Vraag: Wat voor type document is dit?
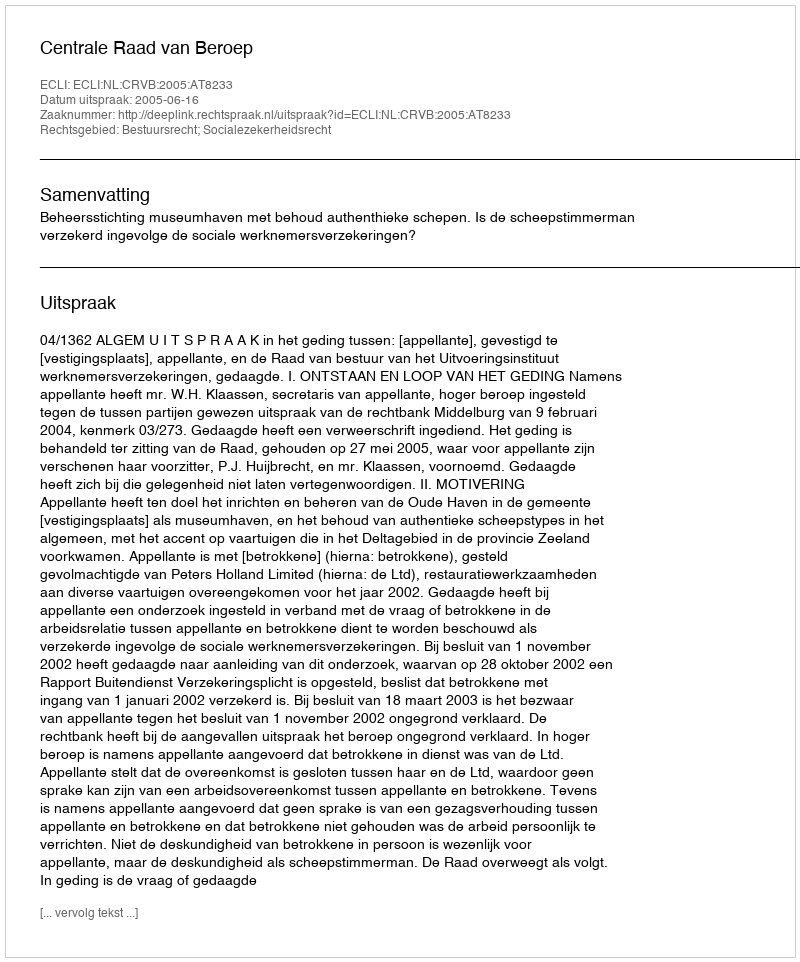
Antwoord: Uitspraak